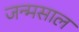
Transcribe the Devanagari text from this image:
जन्मसाल